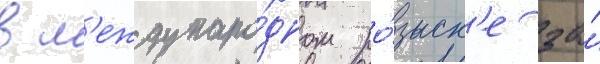
в м'еждунаро́дном ро́зыск'е за́